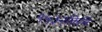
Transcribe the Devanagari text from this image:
१५३२किमि